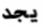
يجد